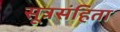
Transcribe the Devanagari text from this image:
सूत्रसंहिता